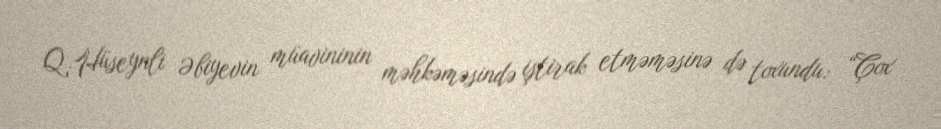
Q.Hüseynli Əbiyevin müavininin məhkəməsində iştirak etməməsinə də toxundu: “Çox